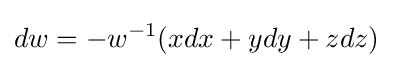
dw=-w^{-1}(xdx+ydy+zdz)